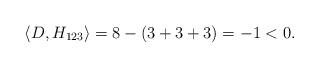
LaTeX: \begin{align*}\langle D, H_{123} \rangle=8-(3+3+3)=-1<0.\end{align*}